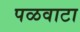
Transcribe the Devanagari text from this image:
पळवाटा